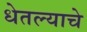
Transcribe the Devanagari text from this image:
धेतल्याचे